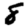
Digit: 8